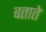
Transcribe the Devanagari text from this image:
बतातेे